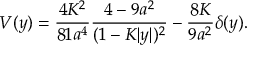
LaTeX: V ( y ) = { \frac { 4 K ^ { 2 } } { 8 1 a ^ { 4 } } } { \frac { 4 - 9 a ^ { 2 } } { ( 1 - K | y | ) ^ { 2 } } } - { \frac { 8 K } { 9 a ^ { 2 } } } \delta ( y ) .